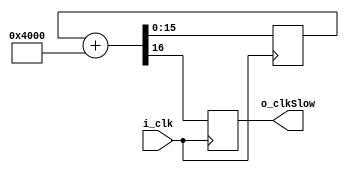
`timescale 1ns / 1ps
//////////////////////////////////////////////////////////////////////////////////
// Company: 
// Engineer: 
// 
// Design Name: 
// Module Name: clk_div
// Project Name: 
// Target Devices: 
// Tool Versions: 
// Description: 
// 
// Dependencies: 
// 
// Revision:
// Revision 0.01 - File Created
// Additional Comments:
// 
//////////////////////////////////////////////////////////////////////////////////


module clk_div(
    input i_clk,
    output o_clkSlow
    );
    
    reg [15:0] r_cnt = 1'b0;        //counter large enough to hold four counts of strobe value
    reg r_clkStb;                   //clock strobe, transistions every 4 ticks of main clock
    parameter c_stbVal = 15'h4000;  //(2^16)/divider. In this case (2^16)/4
    
   //strobe signal r_clkStb is toggled every 4 ticks of the main clock
    always @(posedge i_clk)
        begin
            {r_clkStb,r_cnt} <= r_cnt + c_stbVal;
        end
        
    assign o_clkSlow = r_clkStb;
    
endmodule